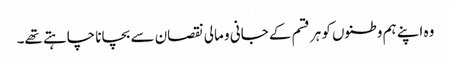
وہ اپنے ہم وطنوں کو ہر قسم کے جانی و مالی نقصان سے بچانا چاہتے تھے۔